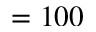
= 1 0 0